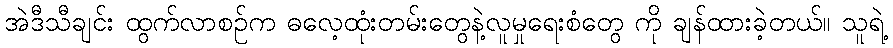
အဲဒီသီချင်း ထွက်လာစဉ်က ဓလေ့ထုံးတမ်းတွေနဲ့လူမှုရေးစံတွေ ကို ချန်ထားခဲ့တယ်။ သူရဲ့